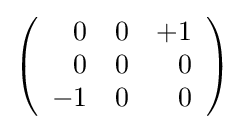
\left({\begin{array}{rrr}0&0&+1\\0&0&0\\-1&0&0\end{array}}\right)